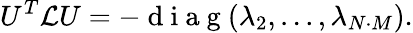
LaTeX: U^{T}\mathcal{L}U=-\mathrm{~d~i~a~g~}(\lambda_{2},...,\lambda_{N\cdot M}).